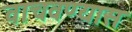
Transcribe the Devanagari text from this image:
वाचवण्यास